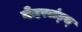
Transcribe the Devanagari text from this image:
नेदरलंड्स्